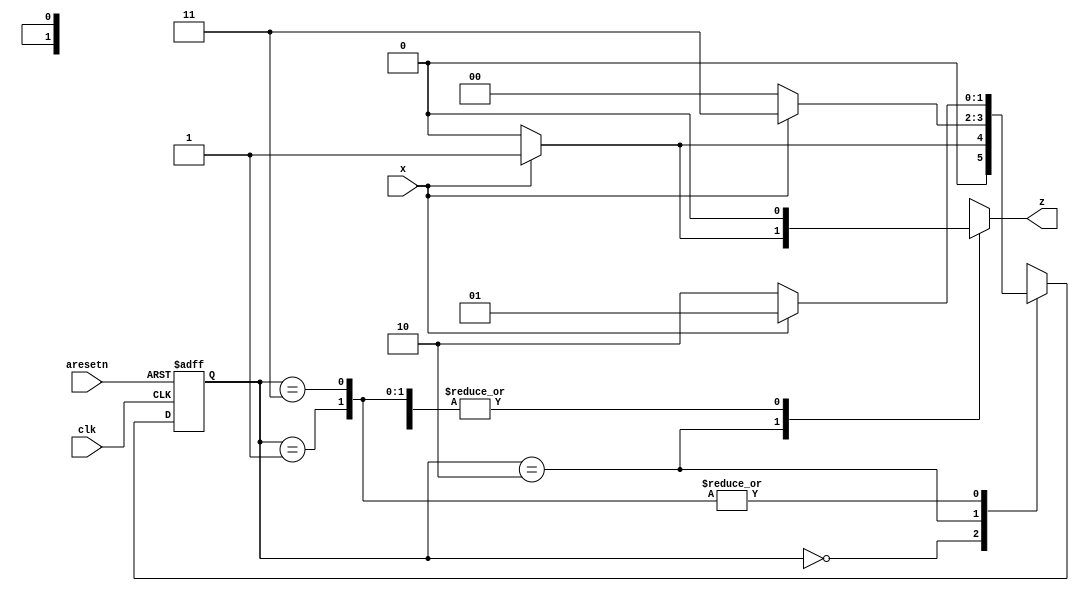
module top_module (
    input clk,
    input aresetn,    // Asynchronous active-low reset
    input x,
    output z ); 
    
    reg [1:0] state, next_state;
    parameter S0=0, S1=1, S2=2, S3=3;
    
    always@(posedge clk, negedge aresetn)
        begin
            if (!aresetn) state <= S0;
            else state <= next_state;
        end
    
    always@(*)
        begin
            z = 1'b0;
            case(state)
                S0: begin next_state = x ? S1 : S0; end
                S1: begin next_state = x ? S1 : S2; end
                S2: begin next_state = x ? S3 : S0; z = x ? 1'b1 : 1'b0; end
                S3: begin next_state = x ? S1 : S2; end
             endcase
        end

endmodule